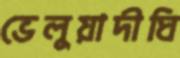
ভেলুয়াদীঘি